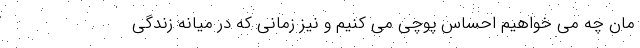
مان چه می خواهیم احساس پوچی می کنیم و نیز زمانی که در میانه زندگی